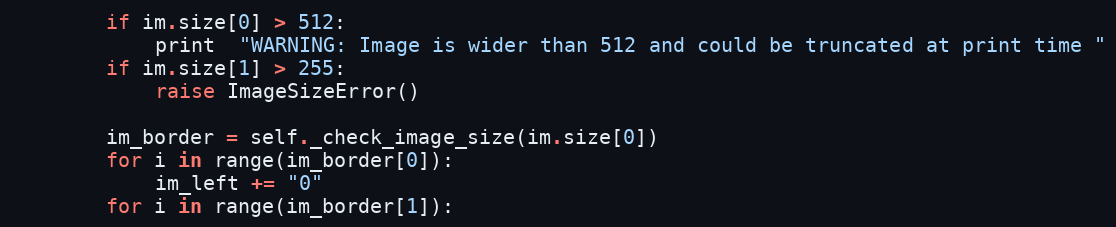
Language: Python
        if im.size[0] > 512:
            print  "WARNING: Image is wider than 512 and could be truncated at print time "
        if im.size[1] > 255:
            raise ImageSizeError()

        im_border = self._check_image_size(im.size[0])
        for i in range(im_border[0]):
            im_left += "0"
        for i in range(im_border[1]):